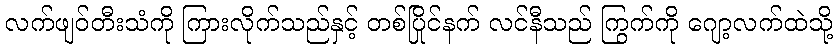
လက်ဖျဝ်တီးသံကို ကြားလိုက်သည်နှင့် တစ်ပြိုင်နက် လင်နီသည် ကြွက်ကို ဂျော့လက်ထဲသို့